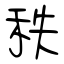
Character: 秩